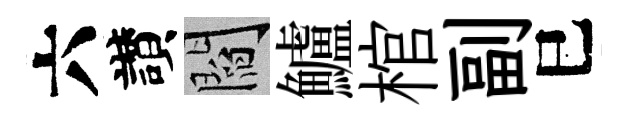
六讃閻鱸棺副巳